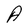
Character: A